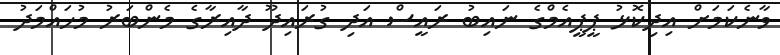
ވާނެކަމަށް އިދިކޮޅު ޕީޕީއެމްގެ ނައިބު ރައީސް އަދި ގުރައިދޫ ދާއިރާގެ މެންބަރު މުހައްމަދު